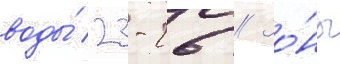
воды́ 23-26 // Зо́ны